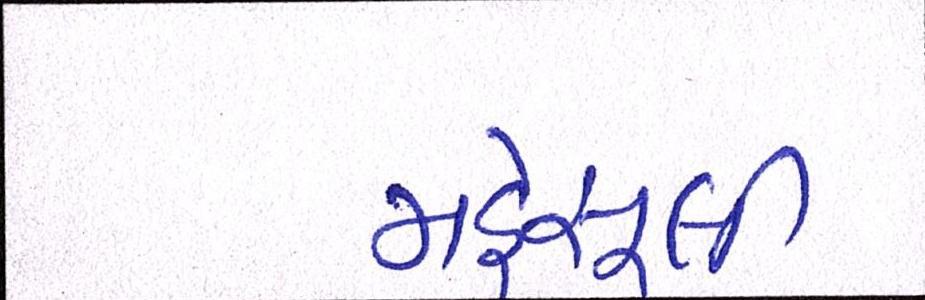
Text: મહેસૂલી